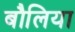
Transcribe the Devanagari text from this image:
बौलिया